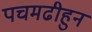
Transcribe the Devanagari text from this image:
पचमढीहुन